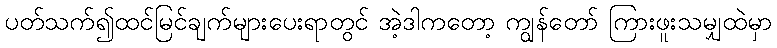
ပတ်သက်၍ထင်မြင်ချက်များပေးရာတွင် အဲ့ဒါကတော့ ကျွန်တော် ကြားဖူးသမျှထဲမှာ